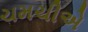
ચમચીએ